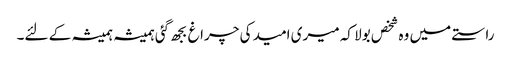
راستے میں وہ شخص بولا کہ میری امید کی چراغ بجھ گئی ہمیشہ ہمیشہ کے لئے۔